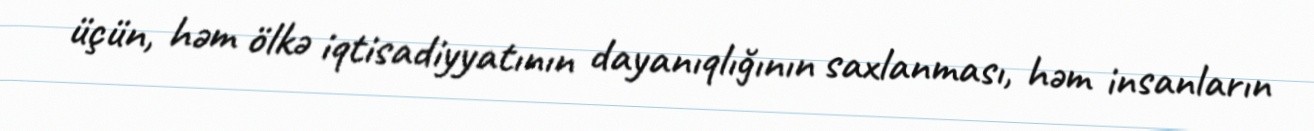
üçün, həm ölkə iqtisadiyyatının dayanıqlığının saxlanması, həm insanların